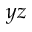
y z